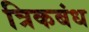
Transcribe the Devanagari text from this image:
त्रिकबंध